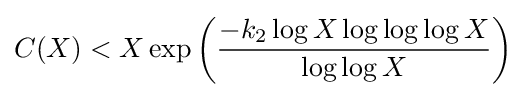
C(X)<X\exp \left({\frac {-k_{2}\log X\log \log \log X}{\log \log X}}\right)